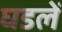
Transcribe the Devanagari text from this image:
घडलें